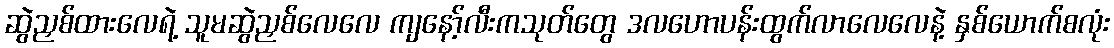
ဆွဲညှစ်ထားလေရဲ့ သူမဆွဲညှစ်လေလေ ကျနော့်လီးကသုတ်တွေ ဒလဟောပန်းထွက်လာလေလေနဲ့ နှစ်ယောက်စလုံး